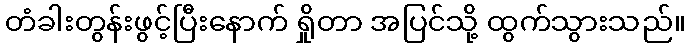
တံခါးတွန်းဖွင့်ပြီးနောက် ရှိုတာ အပြင်သို့ ထွက်သွားသည်။